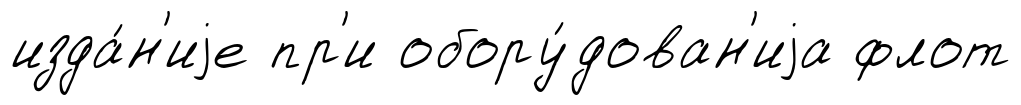
изда́н'иjе пр'и обору́дован'иjа флот